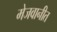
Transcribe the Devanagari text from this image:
मेजवानीत